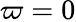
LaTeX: \varpi=0